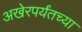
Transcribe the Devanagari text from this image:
अखेरपर्यंतच्या